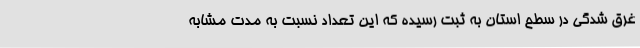
غرق شدگی در سطح استان به ثبت رسیده که این تعداد نسبت به مدت مشابه